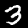
Label: 3